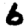
Digit: 6